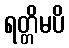
ရတ္တိမပိ